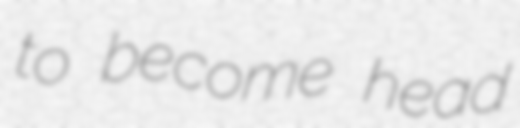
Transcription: to become head